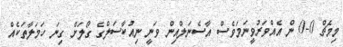
މިމެޗް 0-0 ން އެއްވަރުވީނަމަވެސް އާސެނަލްއިން ވަނީ ނިއުކާސަލްގެ ގޯލަށް ގިނަ ހަމަލާތަކެއް